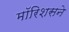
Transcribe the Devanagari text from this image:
मॉरिशसने